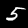
Digit: 5